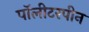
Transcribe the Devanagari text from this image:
पॉलीटरपीन